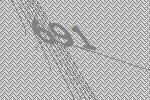
691